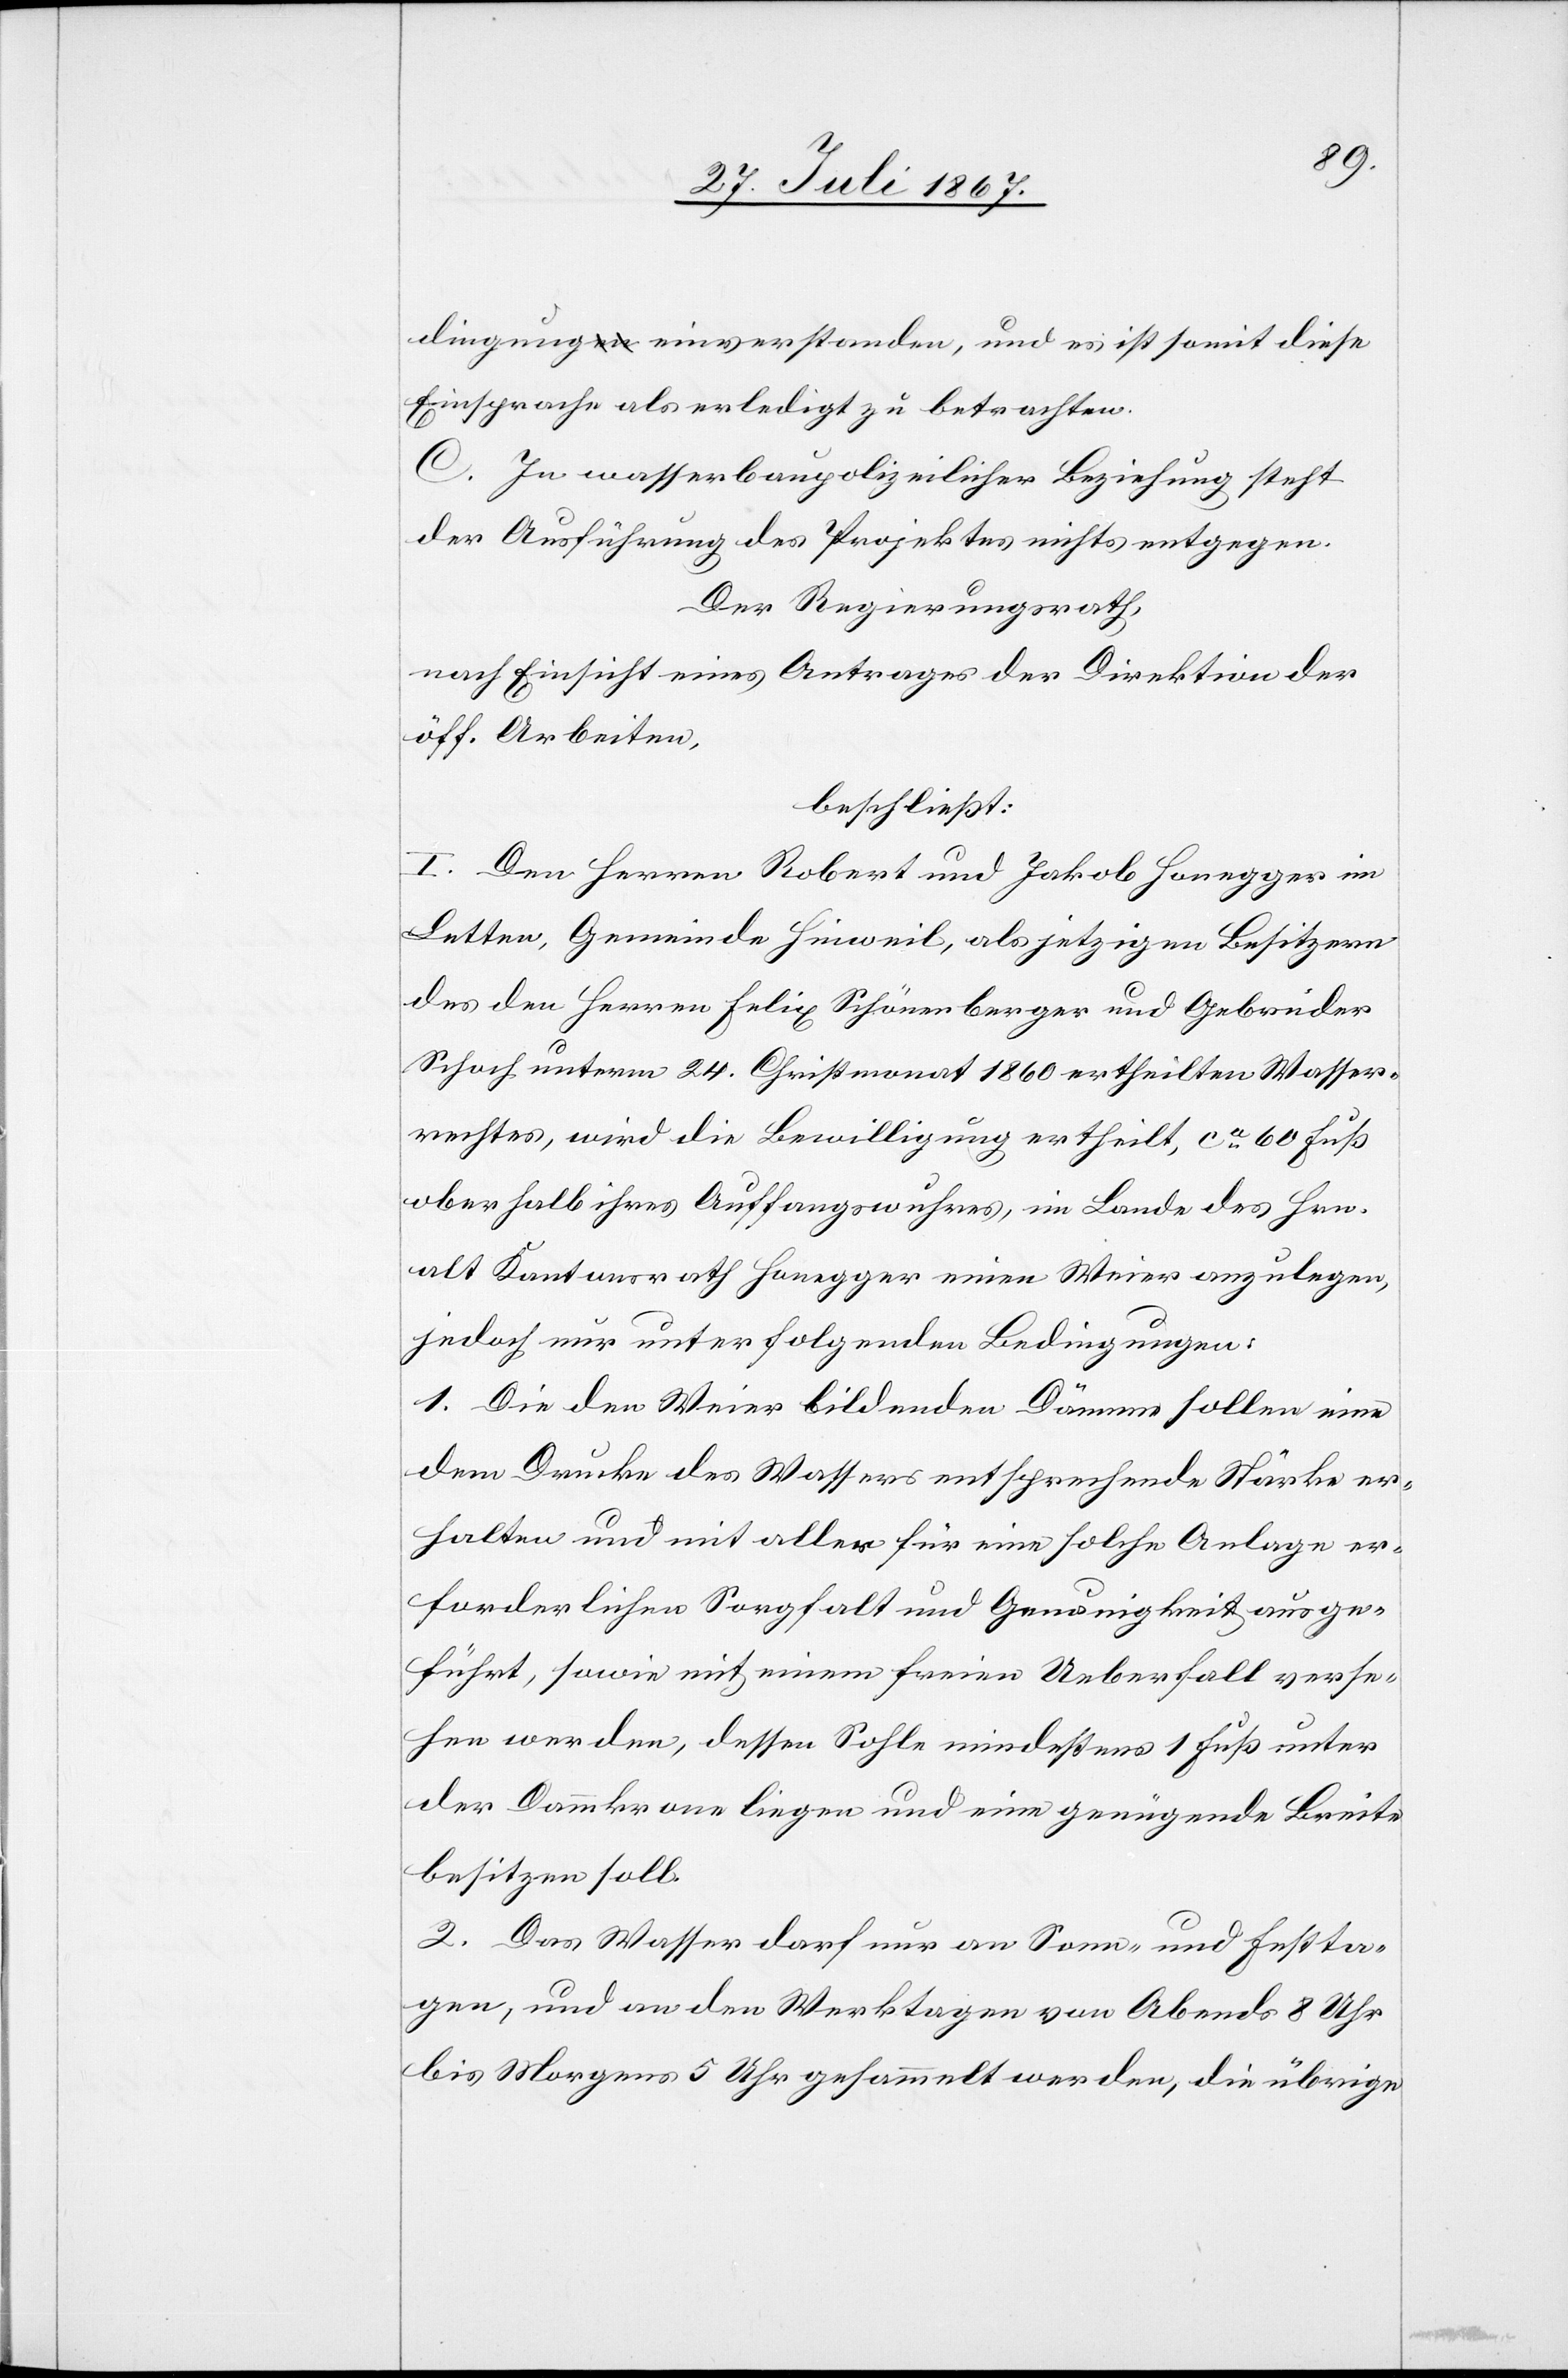
dingung einverstanden, und es ist somit diese
Einsprache als erledigt zu betrachten.
C. In wasserbaupolizeilicher Beziehung steht
der Ausführung des Projektes nichts entgegen.
Der Regierungsrath,
nach Einsicht eines Antrages der Direktion der
öff. Arbeiten,
beschließt:
I. Den Herren Robert und Jakob Honegger im
Letten. Gemeinde Hinweil, als jetzigen Besitzern
des den Herren Felix Schönerberger und Gebrüder
Schoch unterm 24. Christmonat 1860 ertheilten Wasser¬
rechtes, wird die Bewilligung ertheilt, ca. 60 Fuß
oberhalb ihres Auffangswuhres, im Lande des Hrn.
alt Kantonsrath Honegger einen Weier anzulegen,
jedoch nur unter folgenden Bedingungen:
1. Die den Weier bildenden Dämme sollen eine
dem Drucke des Wassers entsprechende Stärke er¬
halten und mit aller für eine solche Anlage er¬
forderlichen Sorgfalt und Genauigkeit ausge¬
führt, sowie mit einem freien Ueberfall verse¬
hen werden, dessen Sohle mindestens 1 Fuß unter
dem Dammkrone liegen und eine genügende Breite
besitzen soll.
2. Das Wasser darf nur an Sonn- und Festta¬
gen, und an den Werktagen von Abends 8 Uhr
bis Morgens 5 Uhr gesammelt werden, die übrige